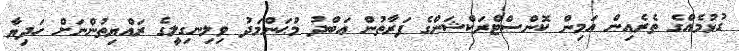
ގުޅުމެއްގެ ތެރެއިން އަމިން ކޮންސްޓްރަކްޝަންގެ ފަރާތުން ޢަބްދު މުޙަންމަދު ވިލިނގިލީގެ ރައްޔިތުންނަށް ހަދިޔާ